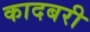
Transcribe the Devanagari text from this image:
कादबरी